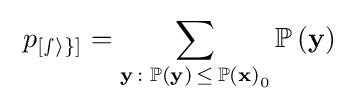
~p_{\mathcal {[sig]}}=\sum _{\mathbf {y} \,:\;\operatorname {\mathbb {P} } \left(\mathbf {y} \right)\,\leq \,\operatorname {\mathbb {P} } \left(\mathbf {x} \right)_{0}}\operatorname {\mathbb {P} } \left(\mathbf {y} \right)~